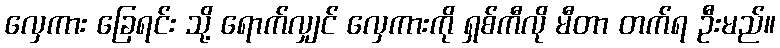
လှေကား ခြေရင်း သို့ ရောက်လျှင် လှေကားကို ရှစ်ကီလို မီတာ တက်ရ ဦးမည်။